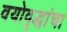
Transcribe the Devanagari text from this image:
वयोवृद्धांचा